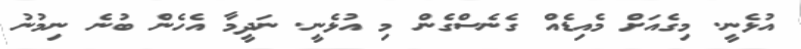
އުޅެނީ. މިގެއަށް މެއިޑެއް ގެނެސްގެން މި އުޅެނީ. ނަދީމާ އެހެން ބުނެ ނިމުނު